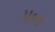
૫૦૭